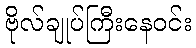
ဗိုလ်ချုပ်ကြီးနေဝင်း